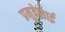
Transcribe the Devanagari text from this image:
प्रमुदेसाई